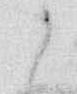
う